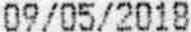
09/05/2018